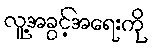
လူ့အခွင့်အရေးကို